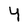
Character: Y